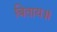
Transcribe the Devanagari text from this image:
बिताय॥